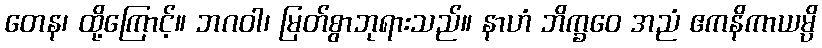
တေန၊ ထို့ကြောင့်။ ဘဂဝါ၊ မြတ်စွာဘုရားသည်။ နာဟံ ဘိက္ခဝေ အညံ ဧကနိကာယမ္ပိ